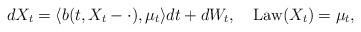
LaTeX: \begin{align*} dX_t=\langle b(t,X_t-\cdot),\mu_t\rangle dt+dW_t,\quad\operatorname{Law}(X_t)=\mu_t,\end{align*}